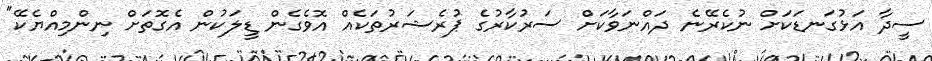
ސީދާ އަޅުގަނޑަކަށް ނުކެރޭނެ ދައްނަވާކަށް ސަރުކާރުގެ ޕުރެޝަރުތަކެއް އޮވެގެން ޑީލަކުން އެގޮތަށް ނިންމިއްޔެކޭ"